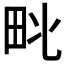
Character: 𱰬